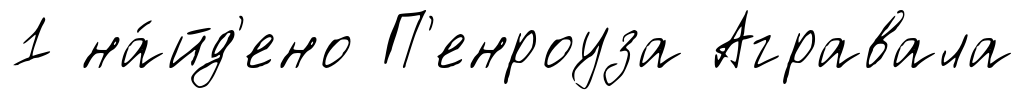
1 на́йд'ено П'енроуза Агравала